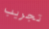
تجريب